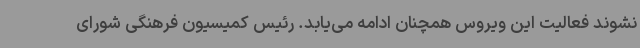
نشوند فعالیت این ویروس همچنان ادامه می‌یابد. رئیس کمیسیون فرهنگی شورای